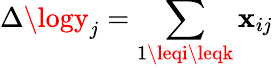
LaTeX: \Delta\logy_{j}=\sum_{1\leqi\leqk}\mathbf{x}_{ij}